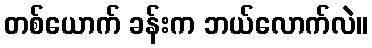
တစ်ယောက် ခန်းက ဘယ်လောက်လဲ။